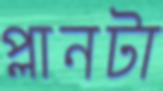
প্লানটা